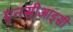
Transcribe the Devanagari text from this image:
एनसीआइसी